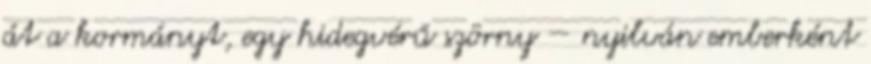
át a kormányt, egy hidegvérű szörny — nyilván emberként